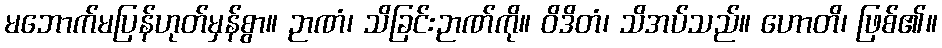
မဘောက်မပြန်ဟုတ်မှန်စွာ။ ဉာဏံ၊ သိခြင်းဉာဏ်ကို။ ဝိဒိတံ၊ သိအပ်သည်။ ဟောတိ၊ ဖြစ်၏။